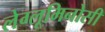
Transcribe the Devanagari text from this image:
लेग्लूमिनोसी